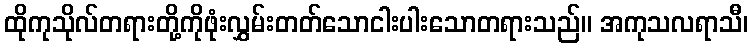
ထိုကုသိုလ်တရားတို့ကိုဖုံးလွှမ်းတတ်သောငါးပါးသောတရားသည်။ အကုသလရာသီ၊